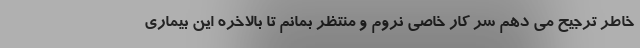
خاطر ترجیح می دهم سر کار خاصی نروم و منتظر بمانم تا بالاخره این بیماری